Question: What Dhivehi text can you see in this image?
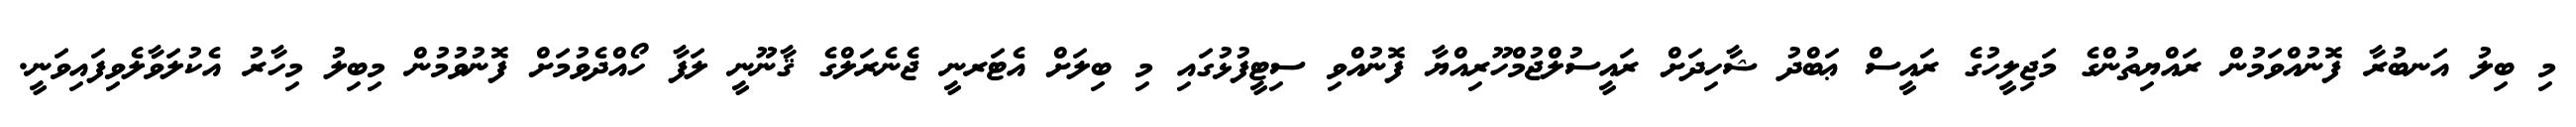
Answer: މި ބިލު އަނބުރާ ފޮނުއްވަމުން ރައްޔިތުންގެ މަޖިލީހުގެ ރައީސް ޢަބްދު ޝާހިދަށް ރައީސުލްޖުމްހޫރިއްޔާ ފޮނުއްވި ސިޓީފުޅުގައި މި ބިލަށް އެޓަރނީ ޖެނެރަލްގެ ޤާނޫނީ ލަފާ ހޯއްދެވުމަށް ފޮނުވުމުން މިބިލު މިހާރު އެކުލަވާލެވިފައިވަނީ.